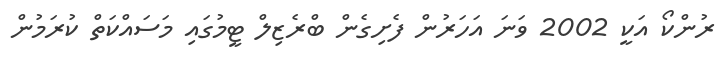
ރުންކޯ އަކީ 2002 ވަނަ އަހަރުން ފެށިގެން ބްރެޒިލް ޓީމުގައި މަސައްކަތް ކުރަމުން